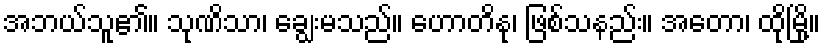
အဘယ်သူ၏။ သုဏိသာ၊ ချွေးမသည်။ ဟောတိနု၊ ဖြစ်သနည်း။ အတော၊ ထိုမြို့။